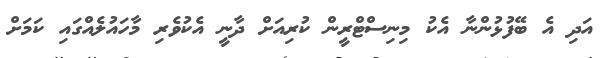
އަދި އެ ބޭފުޅުންނާ އެކު މިނިސްޓްރީން ކުރިއަށް ދާނީ އެކުވެރި މާހައުލެއްގައި ކަމަށް